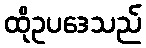
ထိုဥပဒေသည်